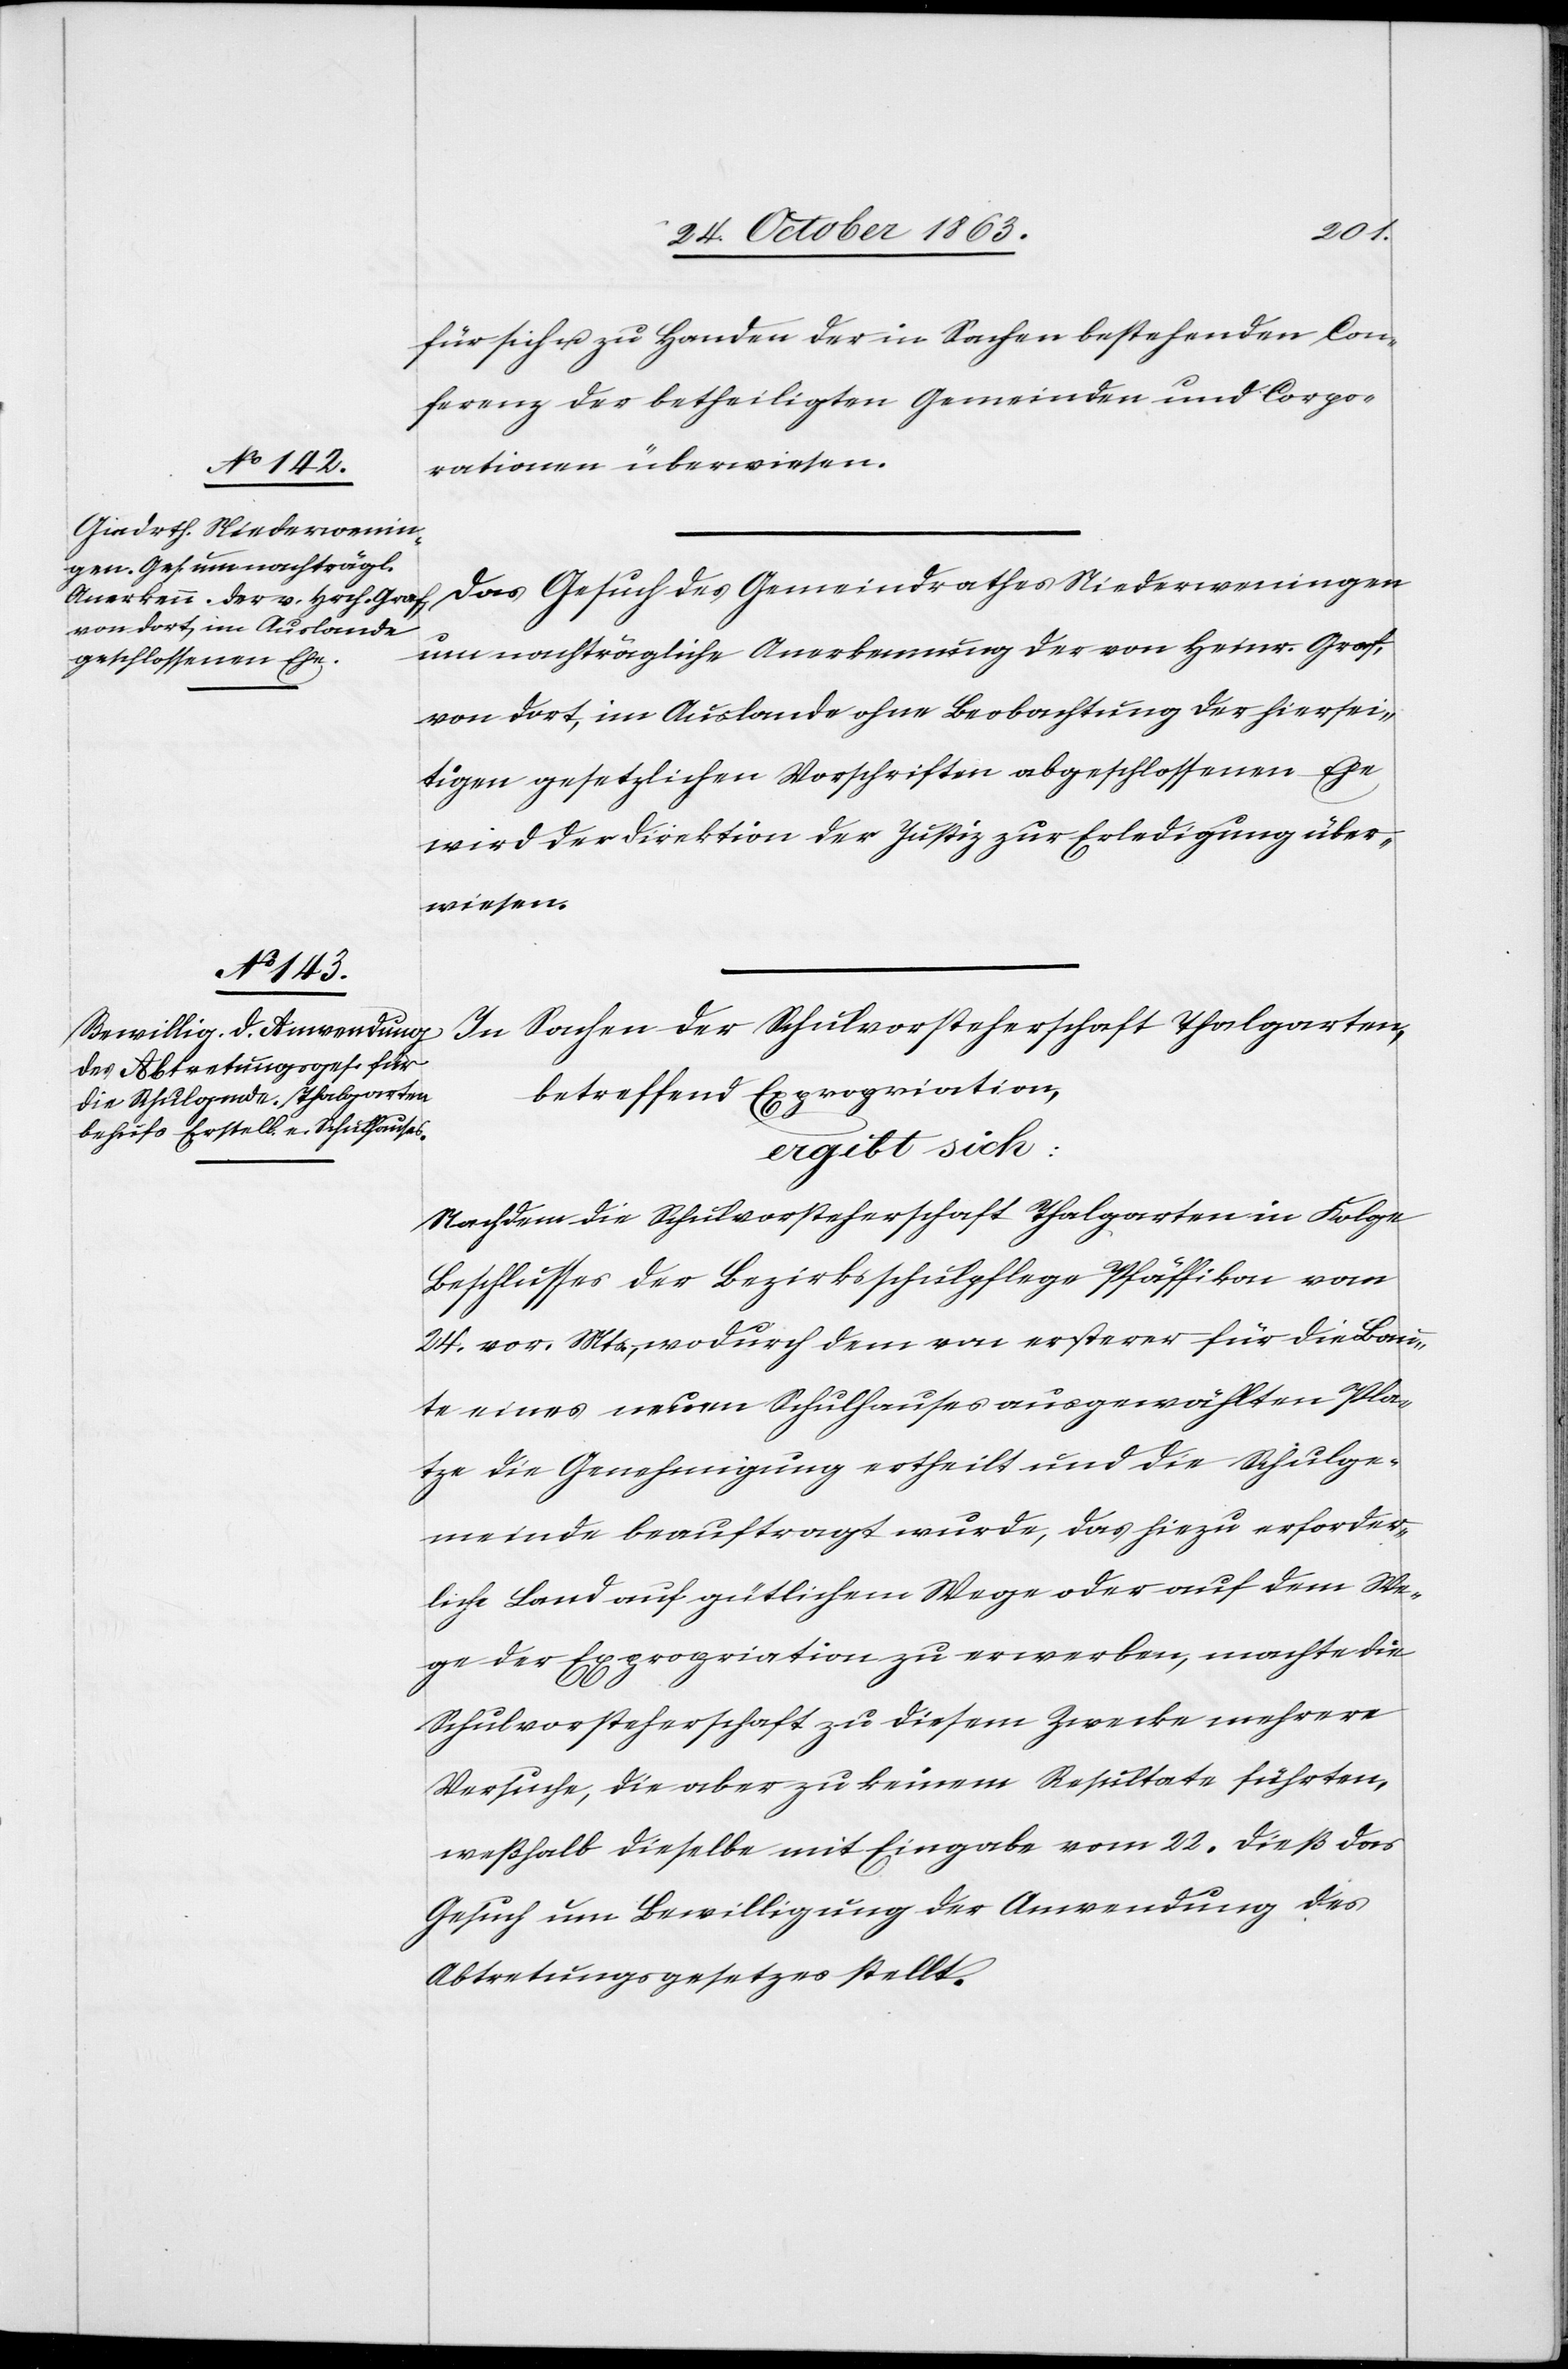
für sich u. zu Handen der in Sachen bestehenden Con¬
ferenz der betheiligten Gemeinden und Corpo¬
rationen überwiesen.
Das Gesuch des Gemeindrathes Niederweningen
um nachträgliche Anerkennung der von Heinr. Graf,
von dort, im Auslande ohne Beobachtung der hiersei¬
tigen gesetzlichen Vorschriften abgeschlossenen Ehe
wird der Direktion der Justiz zur Erledigung über¬
wiesen.
In Sachen der Schulvorsteherschaft Thalgarten,
betreffend Expropriation,
ergibt sich:
Nachdem die Schulvorsteherschaft Thalgarten in Folge
Beschlusses der Bezirksschulpflege Pfäffikon vom
24. vor. Mts., wodurch dem von ersterer für die Bau¬
te eines neuen Schulhauses ausgewählten Pla¬
tze die Genehmigung ertheilt und die Schulge¬
meinde beauftragt wurde, das hiezu erforder¬
liche Land auf gütlichem Wege oder auf dem We¬
ge der Expropriation zu erwerben, machte die
Schulvorsteherschaft zu diesem Zwecke mehrere
Versuche, die aber zu keinem Resultate führten,
weßhalb dieselbe mit Eingabe vom 22. dieß das
Gesuch um Bewilligung der Anwendung des
Abtretungsgesetzes stellt.